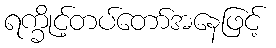
ရက္ခိုင့်တပ်တော်အနေဖြင့်